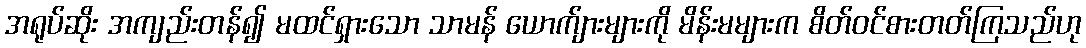
အရုပ်ဆိုး အကျည်းတန်၍ မထင်ရှားသော သာမန် ယောက်ျားများကို မိန်းမများက စိတ်ဝင်စားတတ်ကြသည်ဟု